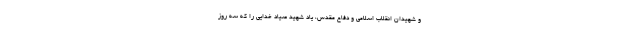
و شهیدان انقلاب اسلامی و دفاع مقدس، یاد شهید صیاد خدایی را که سه روز